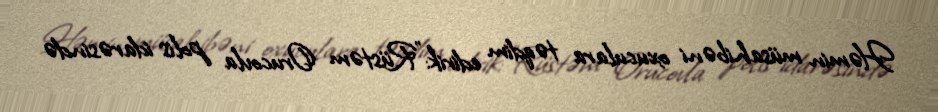
Həmin müsahibəni oxuculara təqdim edirik:"Rüstəm Orucovla polis idarəsində